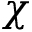
\chi